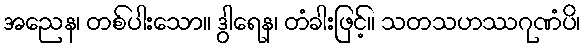
အညေန၊ တစ်ပါးသော။ ဒွါရေန၊ တံခါးဖြင့်။ သတသဟဿဂုဏံပိ၊